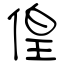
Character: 偟